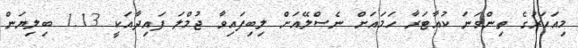
މިއަހަރުގެ ތިންވަނަ ކުއާޓަރާ ހަމައަށް ނެސްލޭއަށް ލިބިފައިވާ ޖުމްލަ ފައިދާއަކީ 1.13 ބިލިޔަން